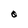
Character: O